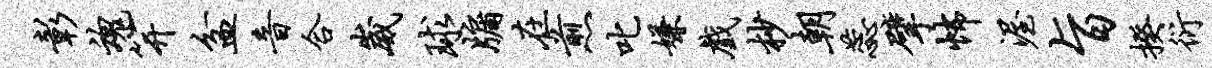
彰魂笄盆音合崴球牖在煎叱嫌戏杪朝蕊擘怖渥旨揆衍